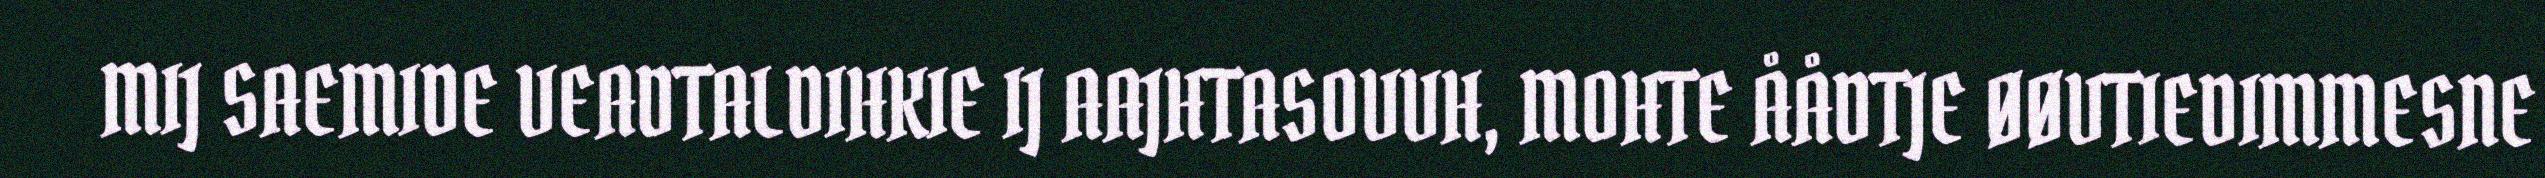
MIJ SAEMIDE VEADTALDIHKIE IJ AAJHTASOVVH, MOHTE ÅÅDTJE ØØVTIEDIMMESNE